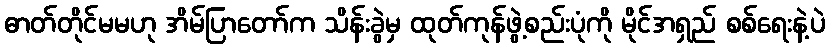
ဓာတ်တိုင်မမဟု အိမ်ပြာတော်က သိန်းခွဲမှ ထုတ်ကုန်ဖွဲ့စည်းပုံကို မိုင်အရှည် စစ်ရေးနဲ့ပဲ